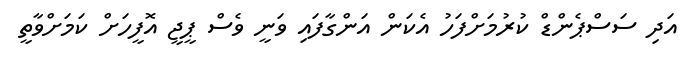
އަދި ސަސްޕެންޑް ކުރުމަށްފަހު އެކަން އަންގާފައި ވަނީ ވެސް ޕީޖީ އޮފީހަށް ކަމަށްވާތީ